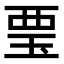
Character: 𧟪